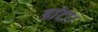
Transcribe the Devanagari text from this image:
डांटा।